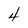
Character: 4